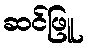
ဆင်ဖြူ